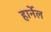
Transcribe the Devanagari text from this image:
हार्नेल